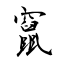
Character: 竄